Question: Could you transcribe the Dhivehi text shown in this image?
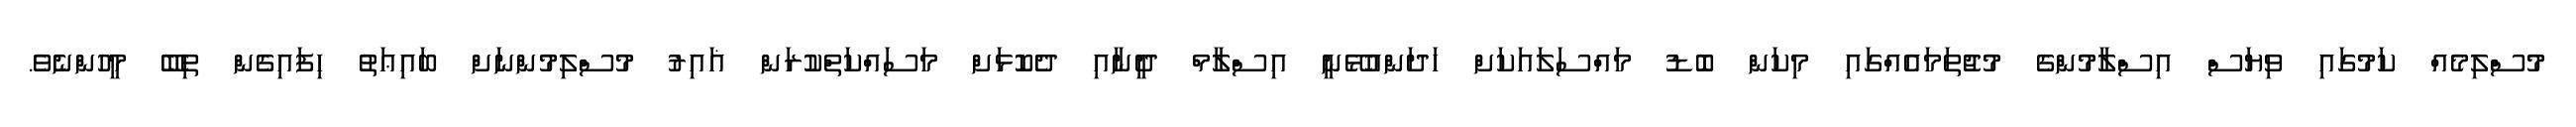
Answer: މުސްލިމެއް ކަމުގައި ވިޔަސް އިސްލާމުންގެ މުޖުތަމައެއްގައި މިކަން ބޮޑު މައްސަލައަކަށް ހަދަންއުޅޭނީ އިސްލާމް ދީނާއި ދެކޮޅަށް މަސައްކަތްކުރަން ޣައިރު މުސްލިމުންނަށް ބައިޢަތު ހިފައިގެން ތިބޭ މީހުންނެވެ.